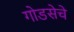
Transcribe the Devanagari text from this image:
गोडसेचे